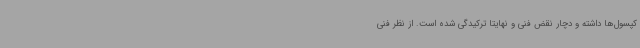
کپسول‌ها داشته و دچار نقض فنی و نهایتاً ترکیدگی شده است. از نظر فنی